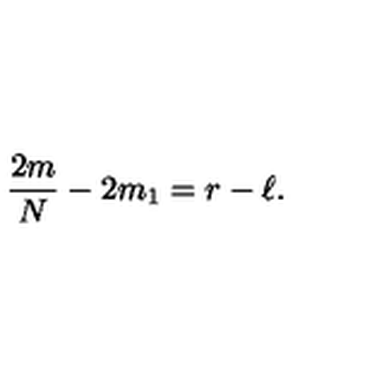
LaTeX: { \frac { 2 m } { N } } - 2 m _ { 1 } = r - \ell .